Civil Veterinary Dept. North-West Frontier Province 1901-22 - 1901-1922
Year: 1901
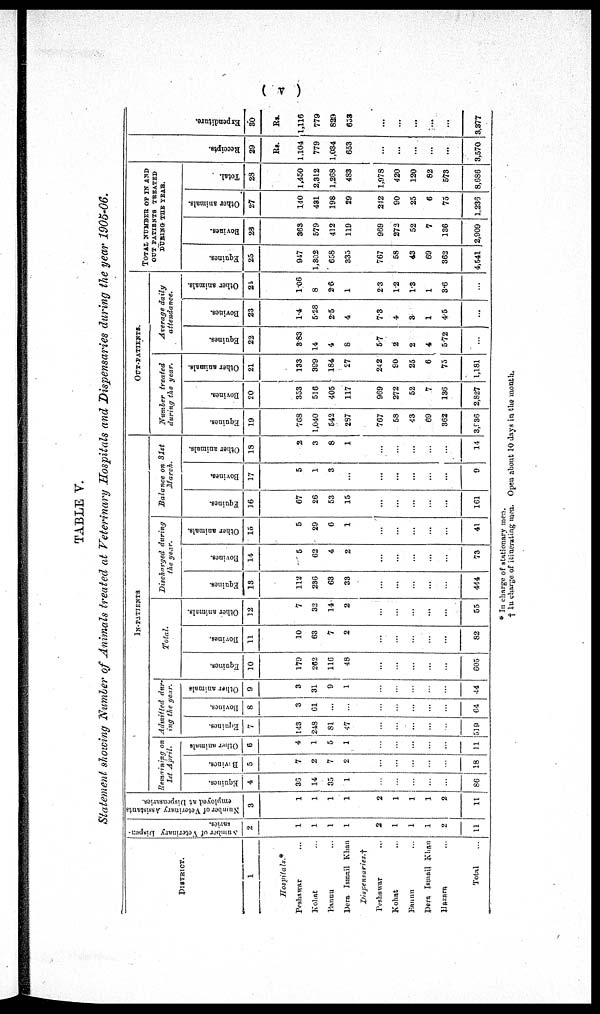
( v )
TABLE V.
Statement showing Number of Animals treated at Veterinary Hospitals and Dispensaries during the year 1905-06.
DISTRICT.
1
Hospitals.*
Peshawar ...
Kohat ...
Bannu ...
Dera Ismail Khan
Dispensaries.†
Peshawar
...
Kohat ...
Bannu ...
Dera Ismail Khan
Hazara ...
Total ...
Number of Veterinary Dispen-
saries.
2
1
1
1
1
2
1
1
1
2
11
Number of Veterinary Assistants
employed at Dispensaries.
3
1
1
1
1
2
1
1
1
2
11
IN-PATIENTS
Remaining on
1st April
Equines.
4
36
14
35
1
...
...
...
...
...
86
Bovines.
5
7
2
7
2
...
...
...
...
18
Other animals
6
4
1
5
1
...
...
...
...
...
11
Admitted dur¬
ing the year
Equines.
7
143
248
81
47
...
...
...
...
...
519
Bovines.
8
3
61
...
...
...
...
...
...
...
64
Other animals
9
3
31
9
1
...
...
...
...
...
44
Total
Equines.
10
179
262
116
48
...
...
...
...
...
605
Bovines.
11
10
63
7
2
...
...
...
...
...
82
Other animals.
12
7
32
14
2
...
...
...
...
...
55
Discharged during
the year
Equines.
13
112
236
63
33
...
...
...
...
...
444
Bovines.
14
5
62
4
2
...
...
...
...
...
73
Other animals.
15
5
29
6
1
...
...
...
...
...
41
Balance on 31st
March
Equines.
16
67
26
53
15
...
...
...
...
...
161
Bovines.
17
5
1
3
...
...
...
...
...
...
9
Other animals.
18
2
3
8
1
...
...
...
...
...
14
OUT-PATIENTS.
Number treated
during the year
Equines.
19
768
1,040
542
257
767
58
43
69
362
3,936
Bovines.
20
353
516
405
117
969
272
52
7
136
2,827
Other animals.
21
133
399
184
27
242
90
25
6
75
1,181
Average daily
attendance
Equines.
22
3.83
14
4
8
5.7
2
2
4
5.72
Bovines.
23
1.4
5.23
2.5
4
7.3
4
3
1
4.5
...
Other animals.
24
1.06
8
26
1
23
1.2
1.3
1
3.6
...
TOTAL NUMBER OF IN AND
OUT PATIENTS TREATED
DURING THE YEAR.
Equines.
25
947
1,802
658
335
767
58
43
69
362
4,541
Bovines.
26
363
579
412
119
969
272
52
7
136
2,909
Other animals.
27
140
481
198
29
242
90
25
6
75
1,236
Total.
28
1,450
2,312
1,268
483
1,978
420
120
82
573
8,686
Receipts.
29
Rs.
1,104
779
1,034
653
...
...
...
...
...
3,570
Expendi t
ur e.
30
Rs.
1,116
779
829
653
...
...
...
...
...
3,377
* In charge of stationary men.
† In charge of itinerating men. Open about 10 days in the month.